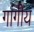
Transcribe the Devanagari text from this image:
गांगीय